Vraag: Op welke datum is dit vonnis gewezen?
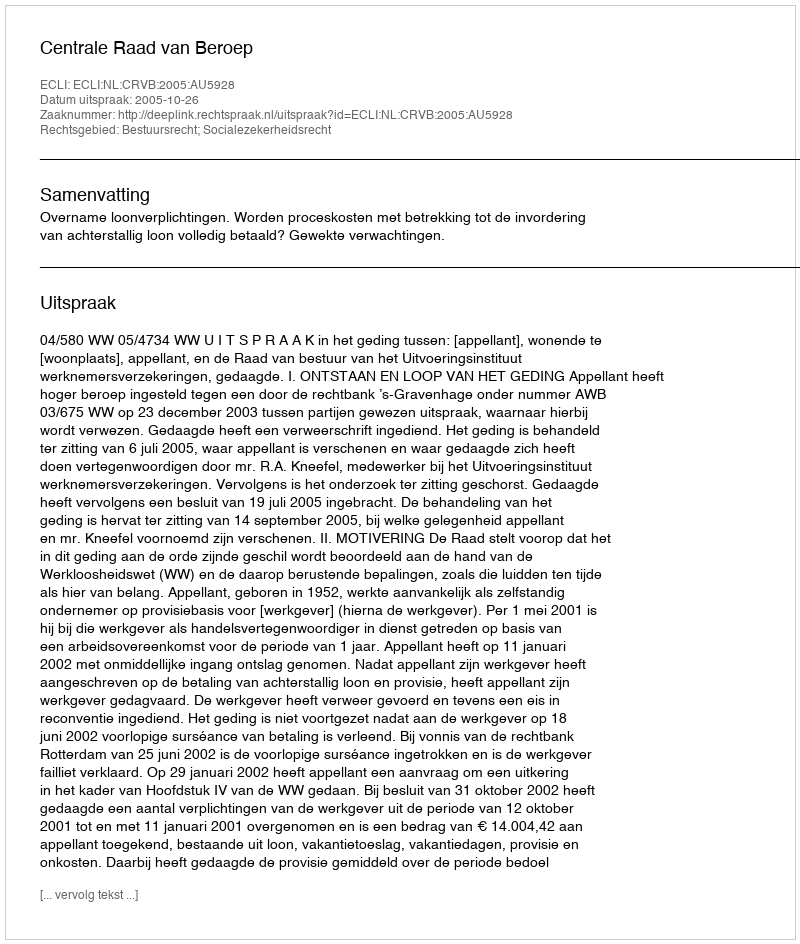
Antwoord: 2005-10-26